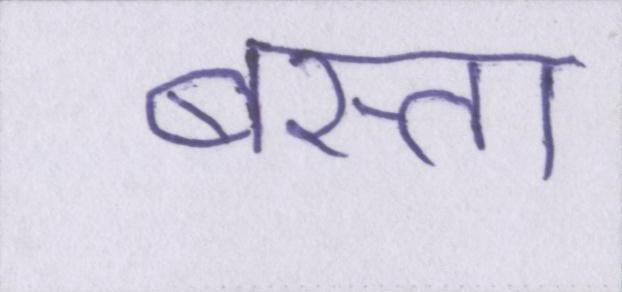
बस्ता